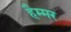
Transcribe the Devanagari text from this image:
हैम्मर